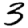
Digit: 3